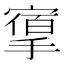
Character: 𢳔